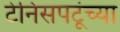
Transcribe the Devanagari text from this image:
टेनिसपटूंच्या